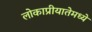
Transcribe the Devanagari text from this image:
लोकाप्रीयातेमध्ये